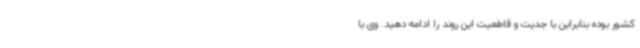
کشور بوده بنابراین با جدیت و قاطعیت این روند را ادامه دهید. وی با